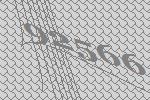
92566